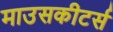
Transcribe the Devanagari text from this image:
माउसकीटर्स